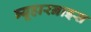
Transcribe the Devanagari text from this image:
ब्यूहारनाइस